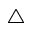
\bigtriangleup